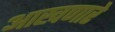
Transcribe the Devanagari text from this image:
आखणारे